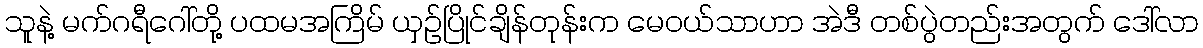
သူနဲ့ မက်ဂရီဂေါ်တို့ ပထမအကြိမ် ယှဉ်ပြိုင်ချိန်တုန်းက မေဝယ်သာဟာ အဲဒီ တစ်ပွဲတည်းအတွက် ဒေါ်လာ